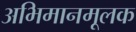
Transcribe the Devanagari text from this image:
अभिमानमूलक